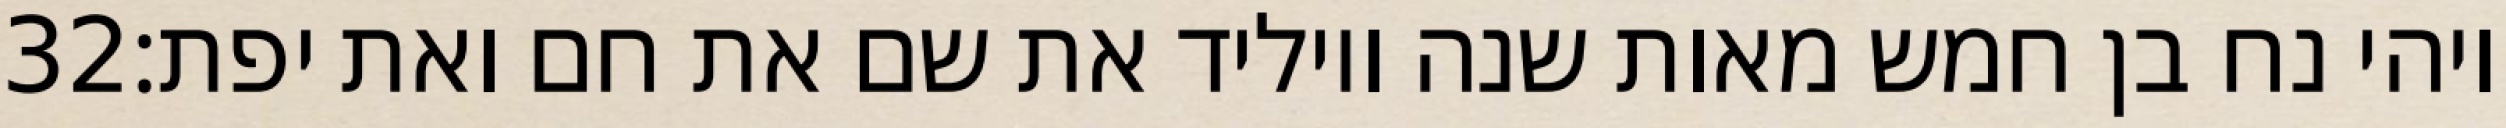
‎32‏ ויהי נח בן חמש מאות שנה ויוליד את שם את חם ואת יפת׃